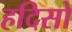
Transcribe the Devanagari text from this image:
हदिसो